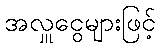
အလှူငွေများဖြင့်